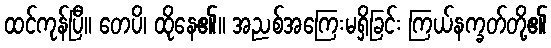
ထင်ကုန်ပြီ။ တေပိ၊ ထိုနေ၏။ အညစ်အကြေးမရှိခြင်း ကြယ်နက္ခတ်တို့၏